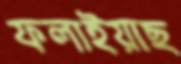
ফলাইয়াছ